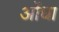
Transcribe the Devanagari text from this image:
ओंधा